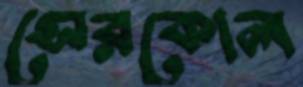
সেরকোল